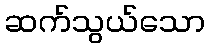
ဆက်သွယ်သော